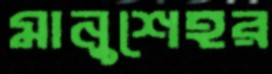
মানুশেহর